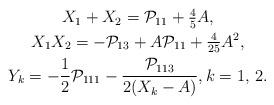
LaTeX: \begin{align*}\begin{gathered}X_1 + X_2 = \mathcal{P}_{11} + \tfrac{4}{5}A,\\ X_1 X_2 = - \mathcal{P}_{13} + A \mathcal{P}_{11} + \tfrac{4}{25}A^2,\\Y_k = -\frac{1}{2} \mathcal{P}_{111} - \frac{\mathcal{P}_{113}}{2(X_k-A)},k=1,\,2.\end{gathered}\end{align*}